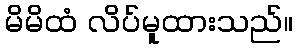
မိမိထံ လိပ်မူထားသည်။